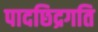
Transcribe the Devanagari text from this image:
पादछिद्रगति